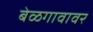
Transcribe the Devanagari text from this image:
बेळगावावर